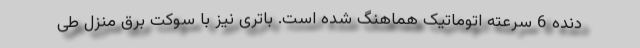
دنده 6 سرعته اتوماتیک هماهنگ شده است. باتری نیز با سوکت برق منزل طی